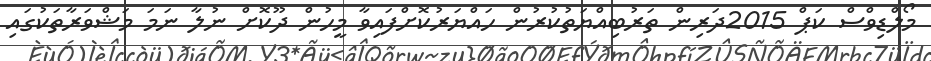
މޯލްޑިވްސް ކަޕް 2015ދަރިން ތަރުބިއްޔަތުކުރުން ހައްޔަރުކޮށްފައިވާ މީހުން ދޫކޮށް ނުލާ ނަމަ މަޝްވަރާތަކުގައި